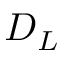
D _ { L }